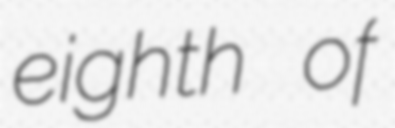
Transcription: eighth of